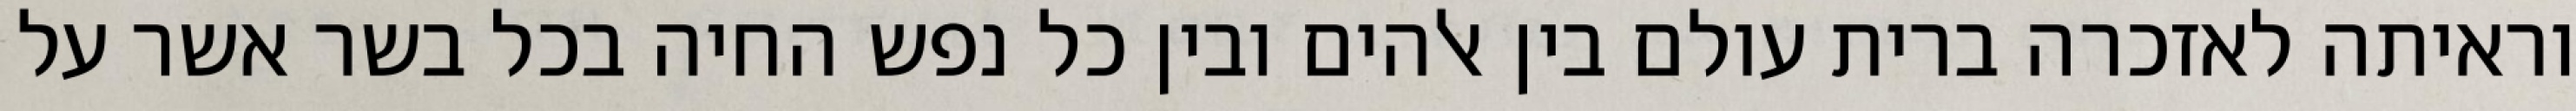
וראיתה לאזכרה ברית עולם בין אלהים ובין כל נפש החיה בכל בשר אשר על